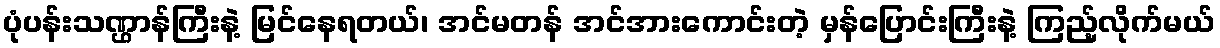
ပုံပန်းသဏ္ဌာန်ကြီးနဲ့ မြင်နေရတယ်၊ အင်မတန် အင်အားကောင်းတဲ့ မှန်ပြောင်းကြီးနဲ့ ကြည့်လိုက်မယ်